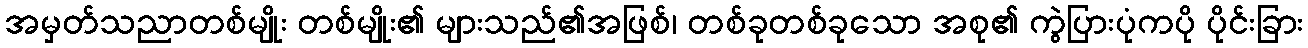
အမှတ်သညာတစ်မျိုး တစ်မျိုး၏ များသည်၏အဖြစ်၊ တစ်ခုတစ်ခုသော အစု၏ ကွဲပြားပုံကပို ပိုင်းခြား